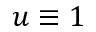
u \equiv 1